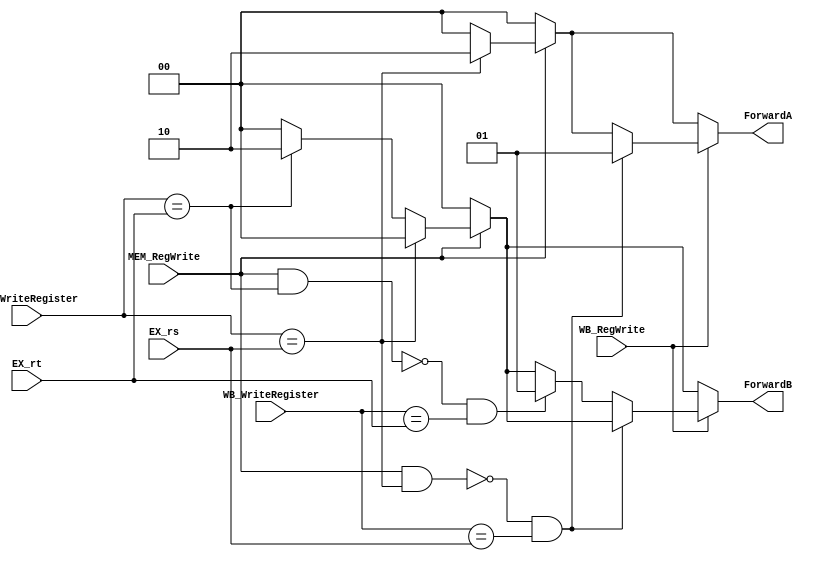
module ForwardingUnit (MEM_WriteRegister, MEM_RegWrite, WB_WriteRegister, WB_RegWrite, EX_rs, EX_rt, ForwardA, ForwardB);
	input [1:0] MEM_WriteRegister;
	input MEM_RegWrite;
	input [1:0] WB_WriteRegister;
	input WB_RegWrite;
	input [1:0] EX_rs;
	input [1:0] EX_rt;
	output reg [1:0] ForwardA;
	output reg [1:0] ForwardB;

	always @(*) begin
		ForwardA = 2'b00;
		ForwardB = 2'b00;
		if (MEM_RegWrite == 1'b1) begin
			if (MEM_WriteRegister == EX_rs) begin
				ForwardA = 2'b10;
			end
			else if (MEM_WriteRegister == EX_rt) begin
				ForwardB = 2'b10;
			end
		end
		if (WB_RegWrite == 1'b1) begin
			if (~((MEM_RegWrite == 1'b1) && (MEM_WriteRegister == EX_rs)) && (WB_WriteRegister == EX_rs)) begin
				ForwardA = 2'b01;
			end
			else if (~((MEM_RegWrite == 1'b1) && (MEM_WriteRegister == EX_rt)) && WB_WriteRegister == EX_rt) begin
				ForwardB = 2'b01;
			end
		end
	end
endmodule